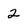
Character: 2